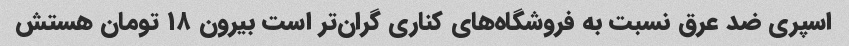
اسپری ضد عرق نسبت به فروشگاه‌های کناری گران‌تر است بیرون ۱۸ تومان هستش